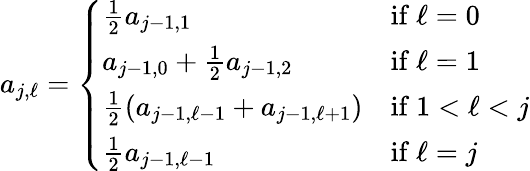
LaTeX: \begin{array}{r}{a_{j,\ell}=\left\{ \begin{array}{ll}{\frac{1}{2}a_{j-1,1}}&{\mathrm{if~}\ell=0}\\ {a_{j-1,0}+\frac{1}{2}a_{j-1,2}}&{\mathrm{if~}\ell=1}\\ {\frac{1}{2}(a_{j-1,\ell-1}+a_{j-1,\ell+1})}&{\mathrm{if~}1<\ell<j}\\ {\frac{1}{2}a_{j-1,\ell-1}}&{\mathrm{if~}\ell=j}\end{array}\right.}\end{array}